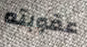
عقوبته